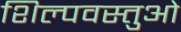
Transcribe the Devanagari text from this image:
शिल्पवस्तुओं